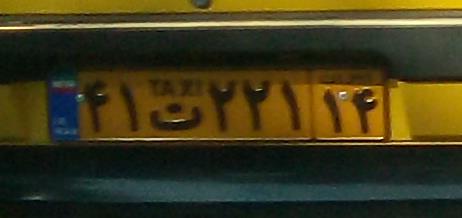
۴۱ت۲۲۱۱۴